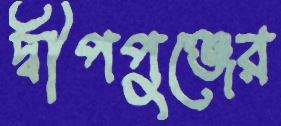
দ্বীপপুঞ্জের